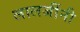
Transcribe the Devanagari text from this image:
लालजींनी